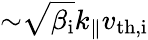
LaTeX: {\sim}\sqrt{\beta_{\mathrm{i}}}k_{\parallel}v_{\mathrm{th,i}}